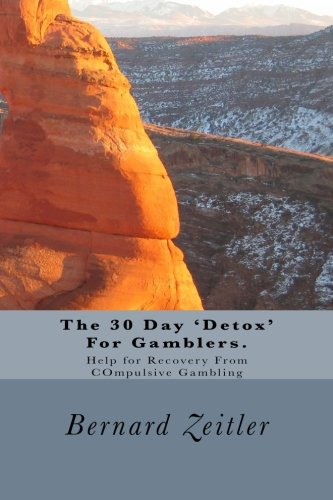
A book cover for The 30 Day 'Detox' For Gamblers.: Help for Recovery From COmpulsive Gambling; Bernard Zeitler; Health, Fitness & Dieting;